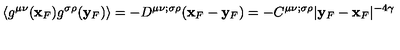
\langle g ^ { \mu \nu } ( { \bf x } _ { F } ) g ^ { \sigma \rho } ( { \bf y } _ { F } ) \rangle = - D ^ { \mu \nu ; \sigma \rho } ( { \bf x } _ { F } - { \bf y } _ { F } ) = - C ^ { \mu \nu ; \sigma \rho } \vert { \bf y } _ { F } - { \bf x } _ { F } \vert ^ { - 4 \gamma }